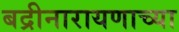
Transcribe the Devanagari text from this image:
बद्रीनारायणाच्या